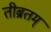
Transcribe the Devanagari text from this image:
तीब्रतम्